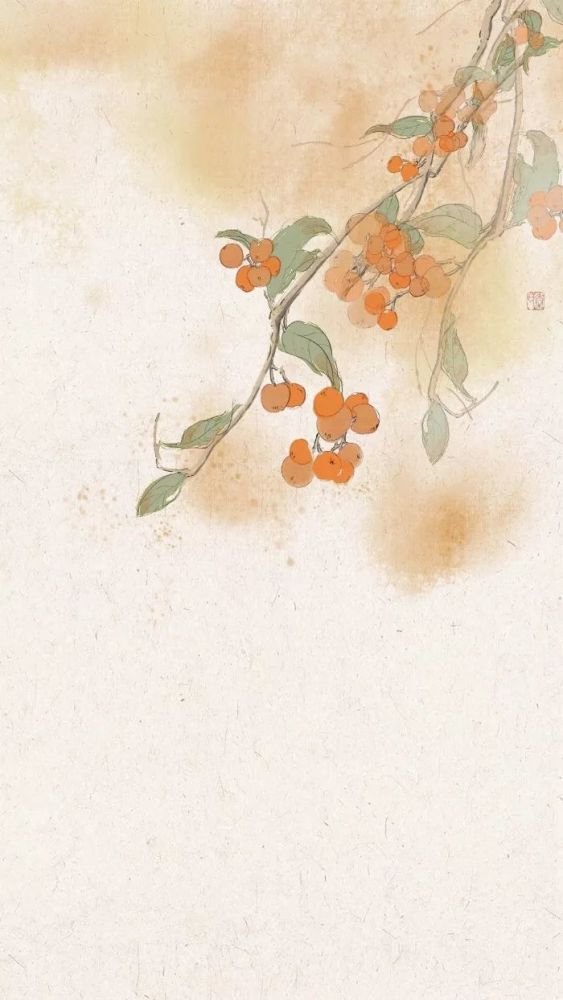
绿竹含新粉，红莲落故衣。